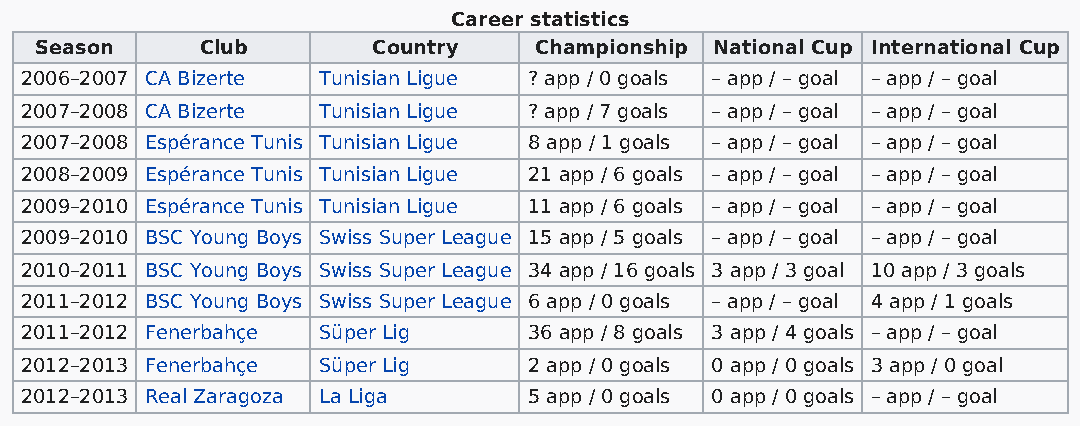
Career statistics
 Season     Club        Country   Championship National Cup International Cup
 2006–2007 CA Bizerte Tunisian Ligue ? app / 0 goals – app / – goal – app / – goal
 2007–2008 CA Bizerte Tunisian Ligue ? app / 7 goals – app / – goal – app / – goal
 2007–2008 Espérance Tunis Tunisian Ligue 8 app / 1 goals – app / – goal – app / – goal
 2008–2009 Espérance Tunis Tunisian Ligue 21 app / 6 goals – app / – goal – app / – goal
 2009–2010 Espérance Tunis Tunisian Ligue 11 app / 6 goals – app / – goal – app / – goal
 2009–2010 BSC Young Boys Swiss Super League 15 app / 5 goals – app / – goal – app / – goal
 2010–2011 BSC Young Boys Swiss Super League 34 app / 16 goals 3 app / 3 goal 10 app / 3 goals
 2011–2012 BSC Young Boys Swiss Super League 6 app / 0 goals – app / – goal 4 app / 1 goals
 2011–2012 Fenerbahçe Süper Lig    36 app / 8 goals 3 app / 4 goals – app / – goal
 2012–2013 Fenerbahçe Süper Lig    2 app / 0 goals 0 app / 0 goals 3 app / 0 goal
 2012–2013 Real Zaragoza La Liga   5 app / 0 goals 0 app / 0 goals – app / – goal